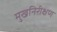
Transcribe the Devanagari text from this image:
मुखनिरीक्षण